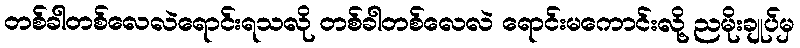
တစ်ခါတစ်လေလဲရောင်းရသလို တစ်ခါတစ်လေလဲ ရောင်းမကောင်းလို့ ညမိုးချုပ်မှ